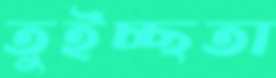
তুইচ্ছতা